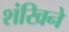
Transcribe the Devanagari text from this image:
शंखिने